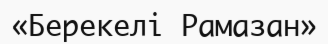
«Берекелі Рамазан»